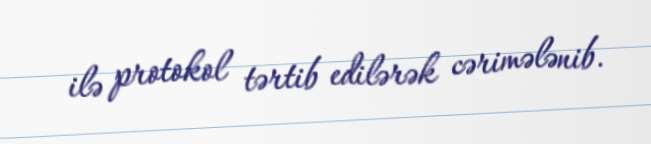
ilə protokol tərtib edilərək cərimələnib.